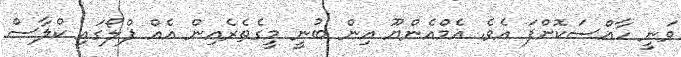
ވަނީ ހާއްސަކޮށްފަ އެވެ. އެމްއެންޔޫ އިން ބުނީ މީގެތެރެއިން އެއް ފްލޯގައި ކްލާސް